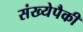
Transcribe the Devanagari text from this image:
संख्येपैकी